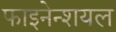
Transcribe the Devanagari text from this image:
फाइनेन्शयल